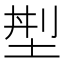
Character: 𡌁